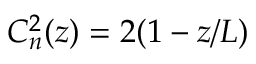
C _ { n } ^ { 2 } ( z ) = 2 ( 1 - z / L )